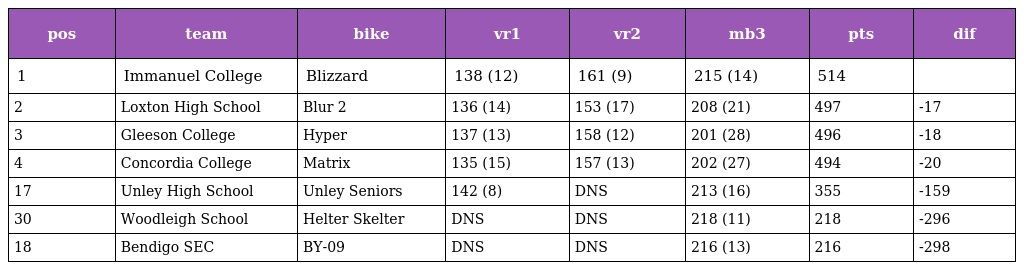
| pos | team | bike | vr1 | vr2 | mb3 | pts | dif |
 | --- | --- | --- | --- | --- | --- | --- | --- |
 | 1 | Immanuel College | Blizzard | 138 (12) | 161 (9) | 215 (14) | 514 |  |
 | 2 | Loxton High School | Blur 2 | 136 (14) | 153 (17) | 208 (21) | 497 | -17 |
 | 3 | Gleeson College | Hyper | 137 (13) | 158 (12) | 201 (28) | 496 | -18 |
 | 4 | Concordia College | Matrix | 135 (15) | 157 (13) | 202 (27) | 494 | -20 |
 | 17 | Unley High School | Unley Seniors | 142 (8) | DNS | 213 (16) | 355 | -159 |
 | 30 | Woodleigh School | Helter Skelter | DNS | DNS | 218 (11) | 218 | -296 |
 | 18 | Bendigo SEC | BY-09 | DNS | DNS | 216 (13) | 216 | -298 |